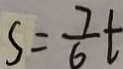
S = \frac { 7 } { 6 } t